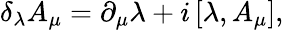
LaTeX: \delta_{\lambda}{A}_{\mu}=\partial_{\mu}{\lambda}+i\left[\lambda,{A}_{\mu}\right],